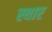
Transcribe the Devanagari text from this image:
स्थार